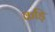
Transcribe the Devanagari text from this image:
कड़ि